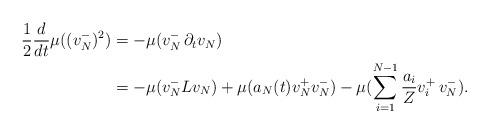
LaTeX: \begin{align*}\frac{1}{2} \frac{d}{dt} \mu( (v_N^-)^2 ) & = - \mu( v_N^- \, \partial_t v_N)\\ & = - \mu(v_N^- L v_N) + \mu( a_N(t) v_N^+ v_N^-) - \mu(\sum_{i=1}^{N-1} \frac{a_i}{Z} v_i^+ \, v_N^- ).\end{align*}